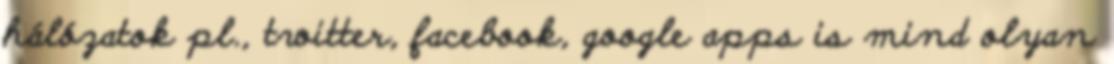
hálózatok pl., twitter, facebook, google apps is mind olyan